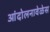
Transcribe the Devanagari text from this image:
आंदोलनावेळेस